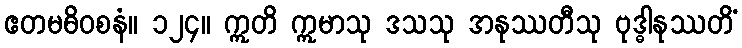
ဧတမဓိဝစနံ။ ၁၂၄။ ဣတိ ဣမာသု ဒသသု အနုဿတီသု ဗုဒ္ဓါနုဿတိံ